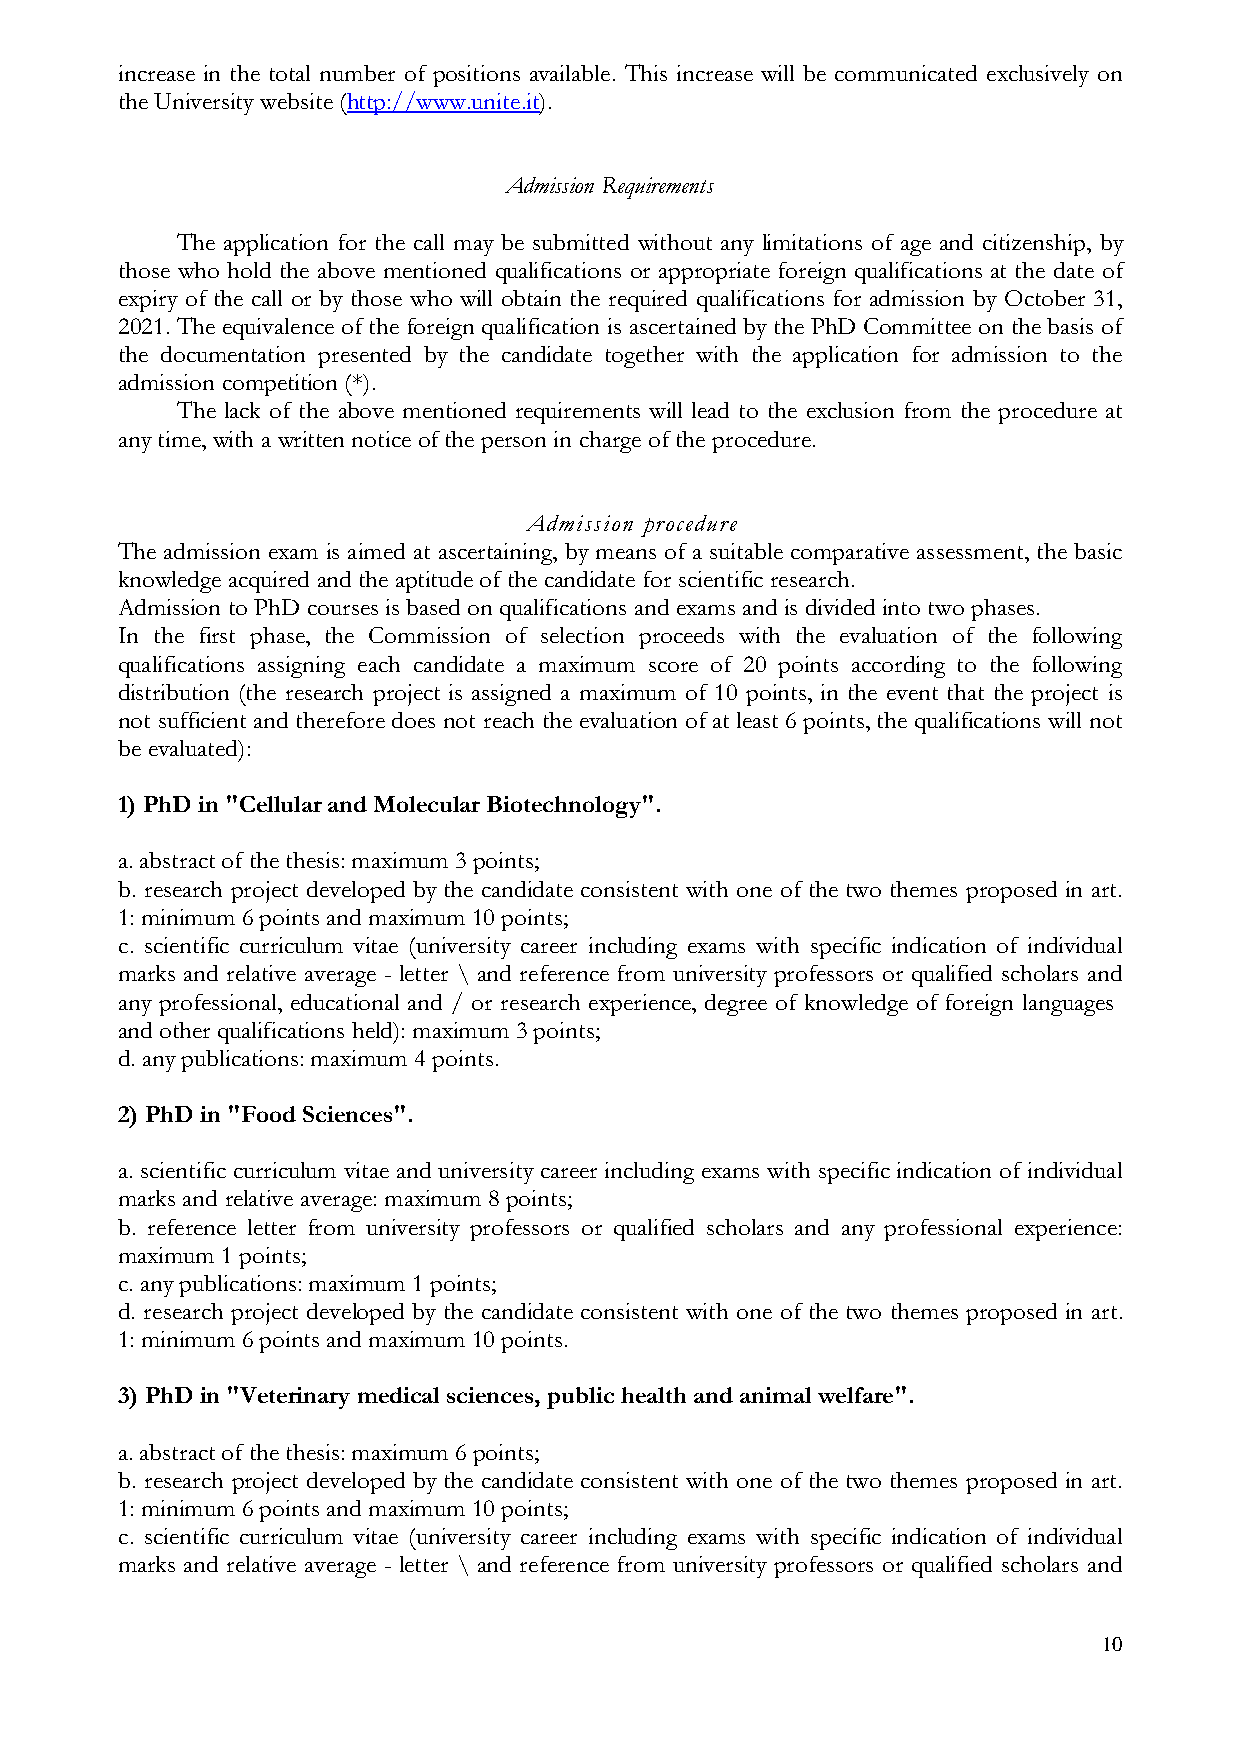
increase in the total number of positions available. This increase will be communicated exclusively on
 the University website (http://www.unite.it).
 Admission Requirements
 The application for the call may be submitted without any limitations of age and citizenship, by
 those who hold the above mentioned qualifications or appropriate foreign qualifications at the date of
 expiry of the call or by those who will obtain the required qualifications for admission by October 31,
 2021. The equivalence of the foreign qualification is ascertained by the PhD Committee on the basis of
 the documentation presented by the candidate together with the application for admission to the
 admission competition (*).
 The lack of the above mentioned requirements will lead to the exclusion from the procedure at
 any time, with a written notice of the person in charge of the procedure.
 Admission procedure
 The admission exam is aimed at ascertaining, by means of a suitable comparative assessment, the basic
 knowledge acquired and the aptitude of the candidate for scientific research.
 Admission to PhD courses is based on qualifications and exams and is divided into two phases.
 In the first phase, the Commission of selection proceeds with the evaluation of the following
 qualifications assigning each candidate a maximum score of 20 points according to the following
 distribution (the research project is assigned a maximum of 10 points, in the event that the project is
 not sufficient and therefore does not reach the evaluation of at least 6 points, the qualifications will not
 be evaluated):
 1) PhD in "Cellular and Molecular Biotechnology".
 a. abstract of the thesis: maximum 3 points;
 b. research project developed by the candidate consistent with one of the two themes proposed in art.
 1: minimum 6 points and maximum 10 points;
 c. scientific curriculum vitae (university career including exams with specific indication of individual
 marks and relative average - letter \ and reference from university professors or qualified scholars and
 any professional, educational and / or research experience, degree of knowledge of foreign languages
 and other qualifications held): maximum 3 points;
 d. any publications: maximum 4 points.
 2) PhD in "Food Sciences".
 a. scientific curriculum vitae and university career including exams with specific indication of individual
 marks and relative average: maximum 8 points;
 b. reference letter from university professors or qualified scholars and any professional experience:
 maximum 1 points;
 c. any publications: maximum 1 points;
 d. research project developed by the candidate consistent with one of the two themes proposed in art.
 1: minimum 6 points and maximum 10 points.
 3) PhD in "Veterinary medical sciences, public health and animal welfare".
 a. abstract of the thesis: maximum 6 points;
 b. research project developed by the candidate consistent with one of the two themes proposed in art.
 1: minimum 6 points and maximum 10 points;
 c. scientific curriculum vitae (university career including exams with specific indication of individual
 marks and relative average - letter \ and reference from university professors or qualified scholars and
 10